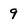
Character: 9